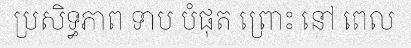
ប្រសិទ្ធភាព ទាប បំផុត ព្រោះ នៅ ពេល